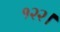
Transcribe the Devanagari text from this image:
१२२।